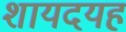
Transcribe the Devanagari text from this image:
शायदयह